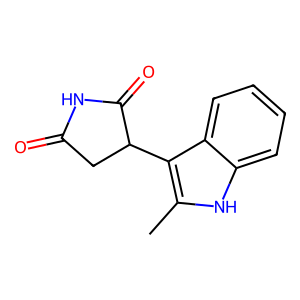
SMILES: Cc1[nH]c2ccccc2c1C1CC(=O)NC1=O
Inhibits HIV replication: No